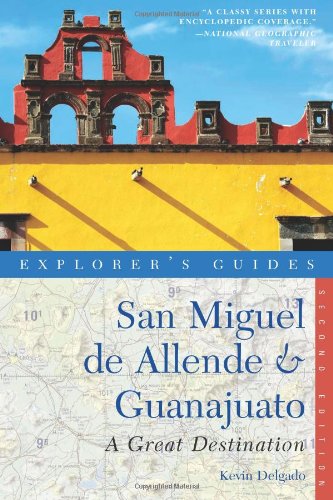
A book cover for Explorer's Guide San Miguel de Allende & Guanajuato: A Great Destination (Second Edition)  (Explorer's Great Destinations); Kevin Delgado; Travel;